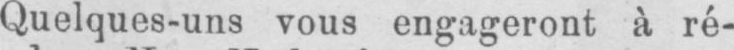
Quelques-uns vous engageront à ré-